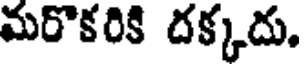
మరొకరికి దక్కదు.